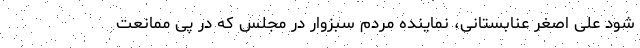
شود علی اصغر عنابستانی، نماینده مردم سبزوار در مجلس که در پی ممانعت